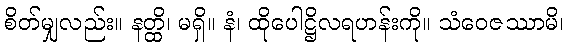
စိတ်မျှလည်း။ နတ္ထိ၊ မရှိ။ နံ၊ ထိုပေါဋ္ဌိလရဟန်းကို။ သံဝေဇဿာမိ၊